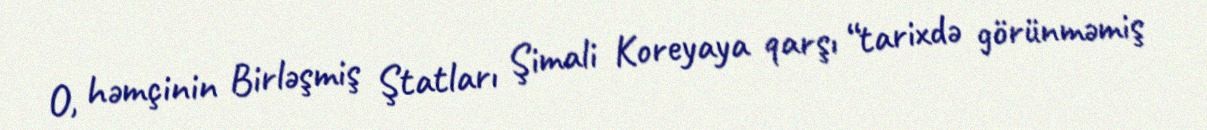
O, həmçinin Birləşmiş Ştatları Şimali Koreyaya qarşı “tarixdə görünməmiş